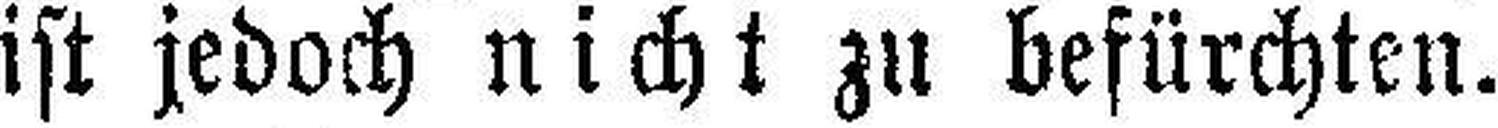
ist jedoch nicht zu befürchten.